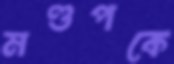
মণ্ডপকে